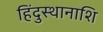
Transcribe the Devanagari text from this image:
हिंदुस्थानाशि